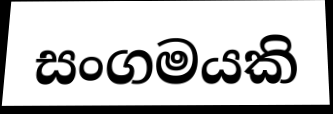
සංගමයකි